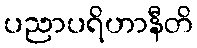
ပညာပရိဟာနီတိ